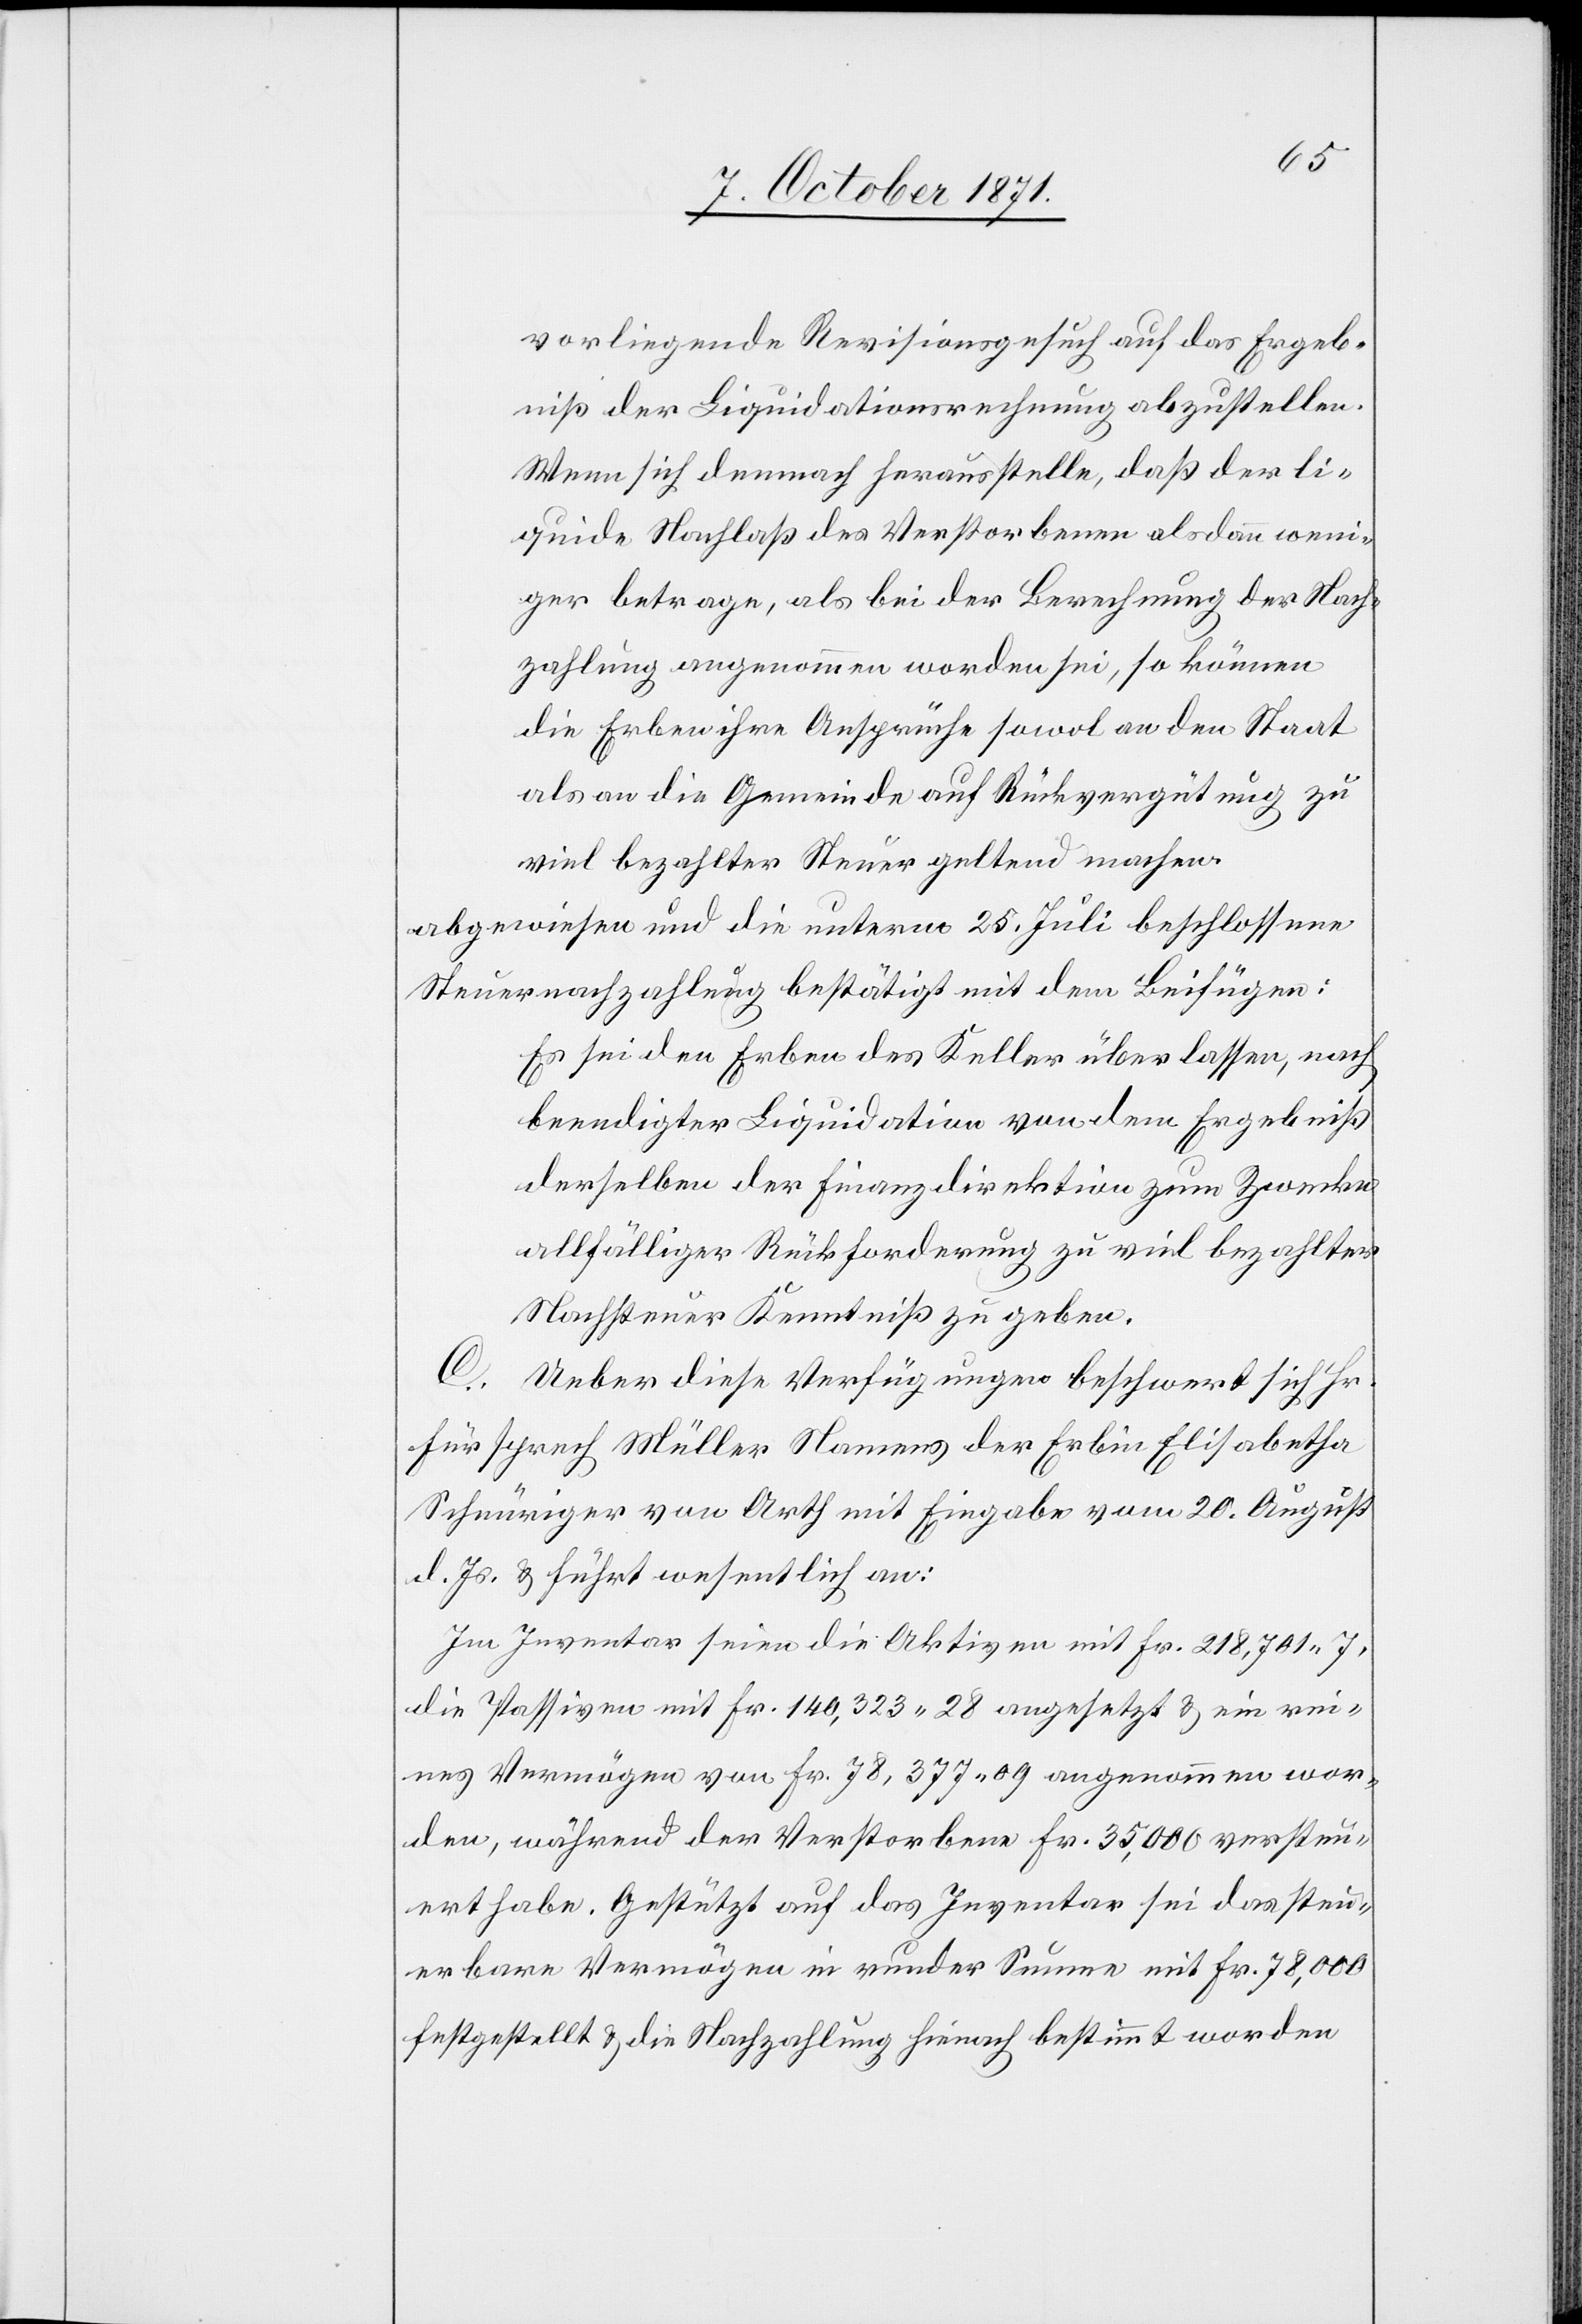
vorliegende Revisionsgesuch auf das Ergeb¬
niß der Liquidationsrechnung abzustellen.
Wenn sich demnach herausstelle, daß der li¬
quide Nachlaß des Verstorbenen alsdann weni¬
ger betrage, als bei der Berechnung der Nach¬
zahlung angenommen worden sei, so können
die Erben ihre Ansprüche sowol an den Staat
als an die Gemeinde auf Rückvergütung zu
viel bezahlter Steuer geltend machen
abgewiesen und die unterm 25. Juli beschlossene
Steuernachzahlung bestätigt mit dem Beifügen:
Es sei den Erben des Keller überlassen, nach
beendigter Liquidation von dem Ergebniß
derselben der Finanzdirektion zum Zwecke
allfälliger Rückforderung zu viel bezahlter
Nachsteuer Kenntniß zu geben.
C.
Ueber diese Verfügungen beschwert sich Hr.
Fürsprech Müller Namens der Erbin Elisabetha
Schnüriger von Arth mit Eingabe vom 20. August
d. Js. & führt wesentlich an:
Im Inventar seien die Aktiven mit Fr. 218,701.7,
die Passiven mit Fr. 140,323.28 angesetzt & ein rei¬
nes Vermögen von Fr. 78,377.09 angenommen wor¬
den, während der Verstorbene für Fr. 35,000 versteu¬
ert habe. Gestützt auf das Inventar sei das steu¬
erbare Vermögen in runder Summe mit Fr. 78,000
festgestellt & die Nachzahlung hienach bestimmt worden